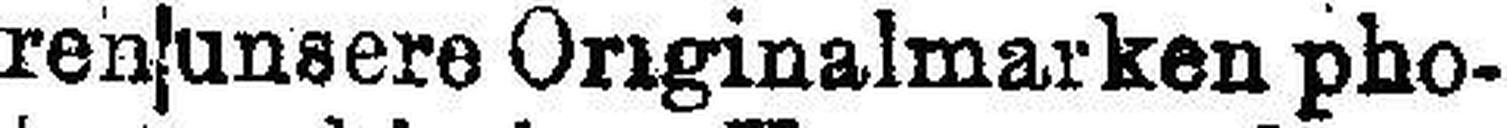
rensunsere Originalmarken pho¬